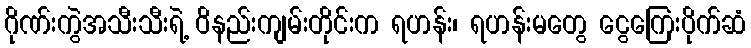
ဂိုဏ်းကွဲအသီးသီးရဲ့ ဝိနည်းကျမ်းတိုင်းက ရဟန်း၊ ရဟန်းမတွေ ငွေကြေးပိုက်ဆံ